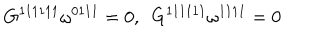
G ^ { 1 1 1 1 1 1 } \omega ^ { 0 1 1 1 } = 0 , \ \ G ^ { 1 1 1 1 1 1 } \omega ^ { 1 1 1 1 } = 0 \label C